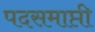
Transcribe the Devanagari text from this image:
पदसमाप्ती